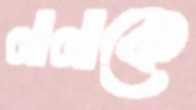
লালাকে